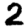
Digit: 2